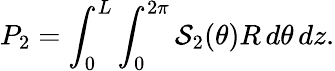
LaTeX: P_{2}=\int_{0}^{L}\int_{0}^{2\pi}\mathcal{S}_{2}(\theta)R\, d\theta\, dz.